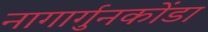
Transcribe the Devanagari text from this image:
नागार्गुनकोंडा